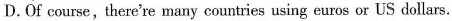
D.Of course,there're many countries using euros or US dollars.